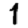
Digit: 1